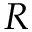
R